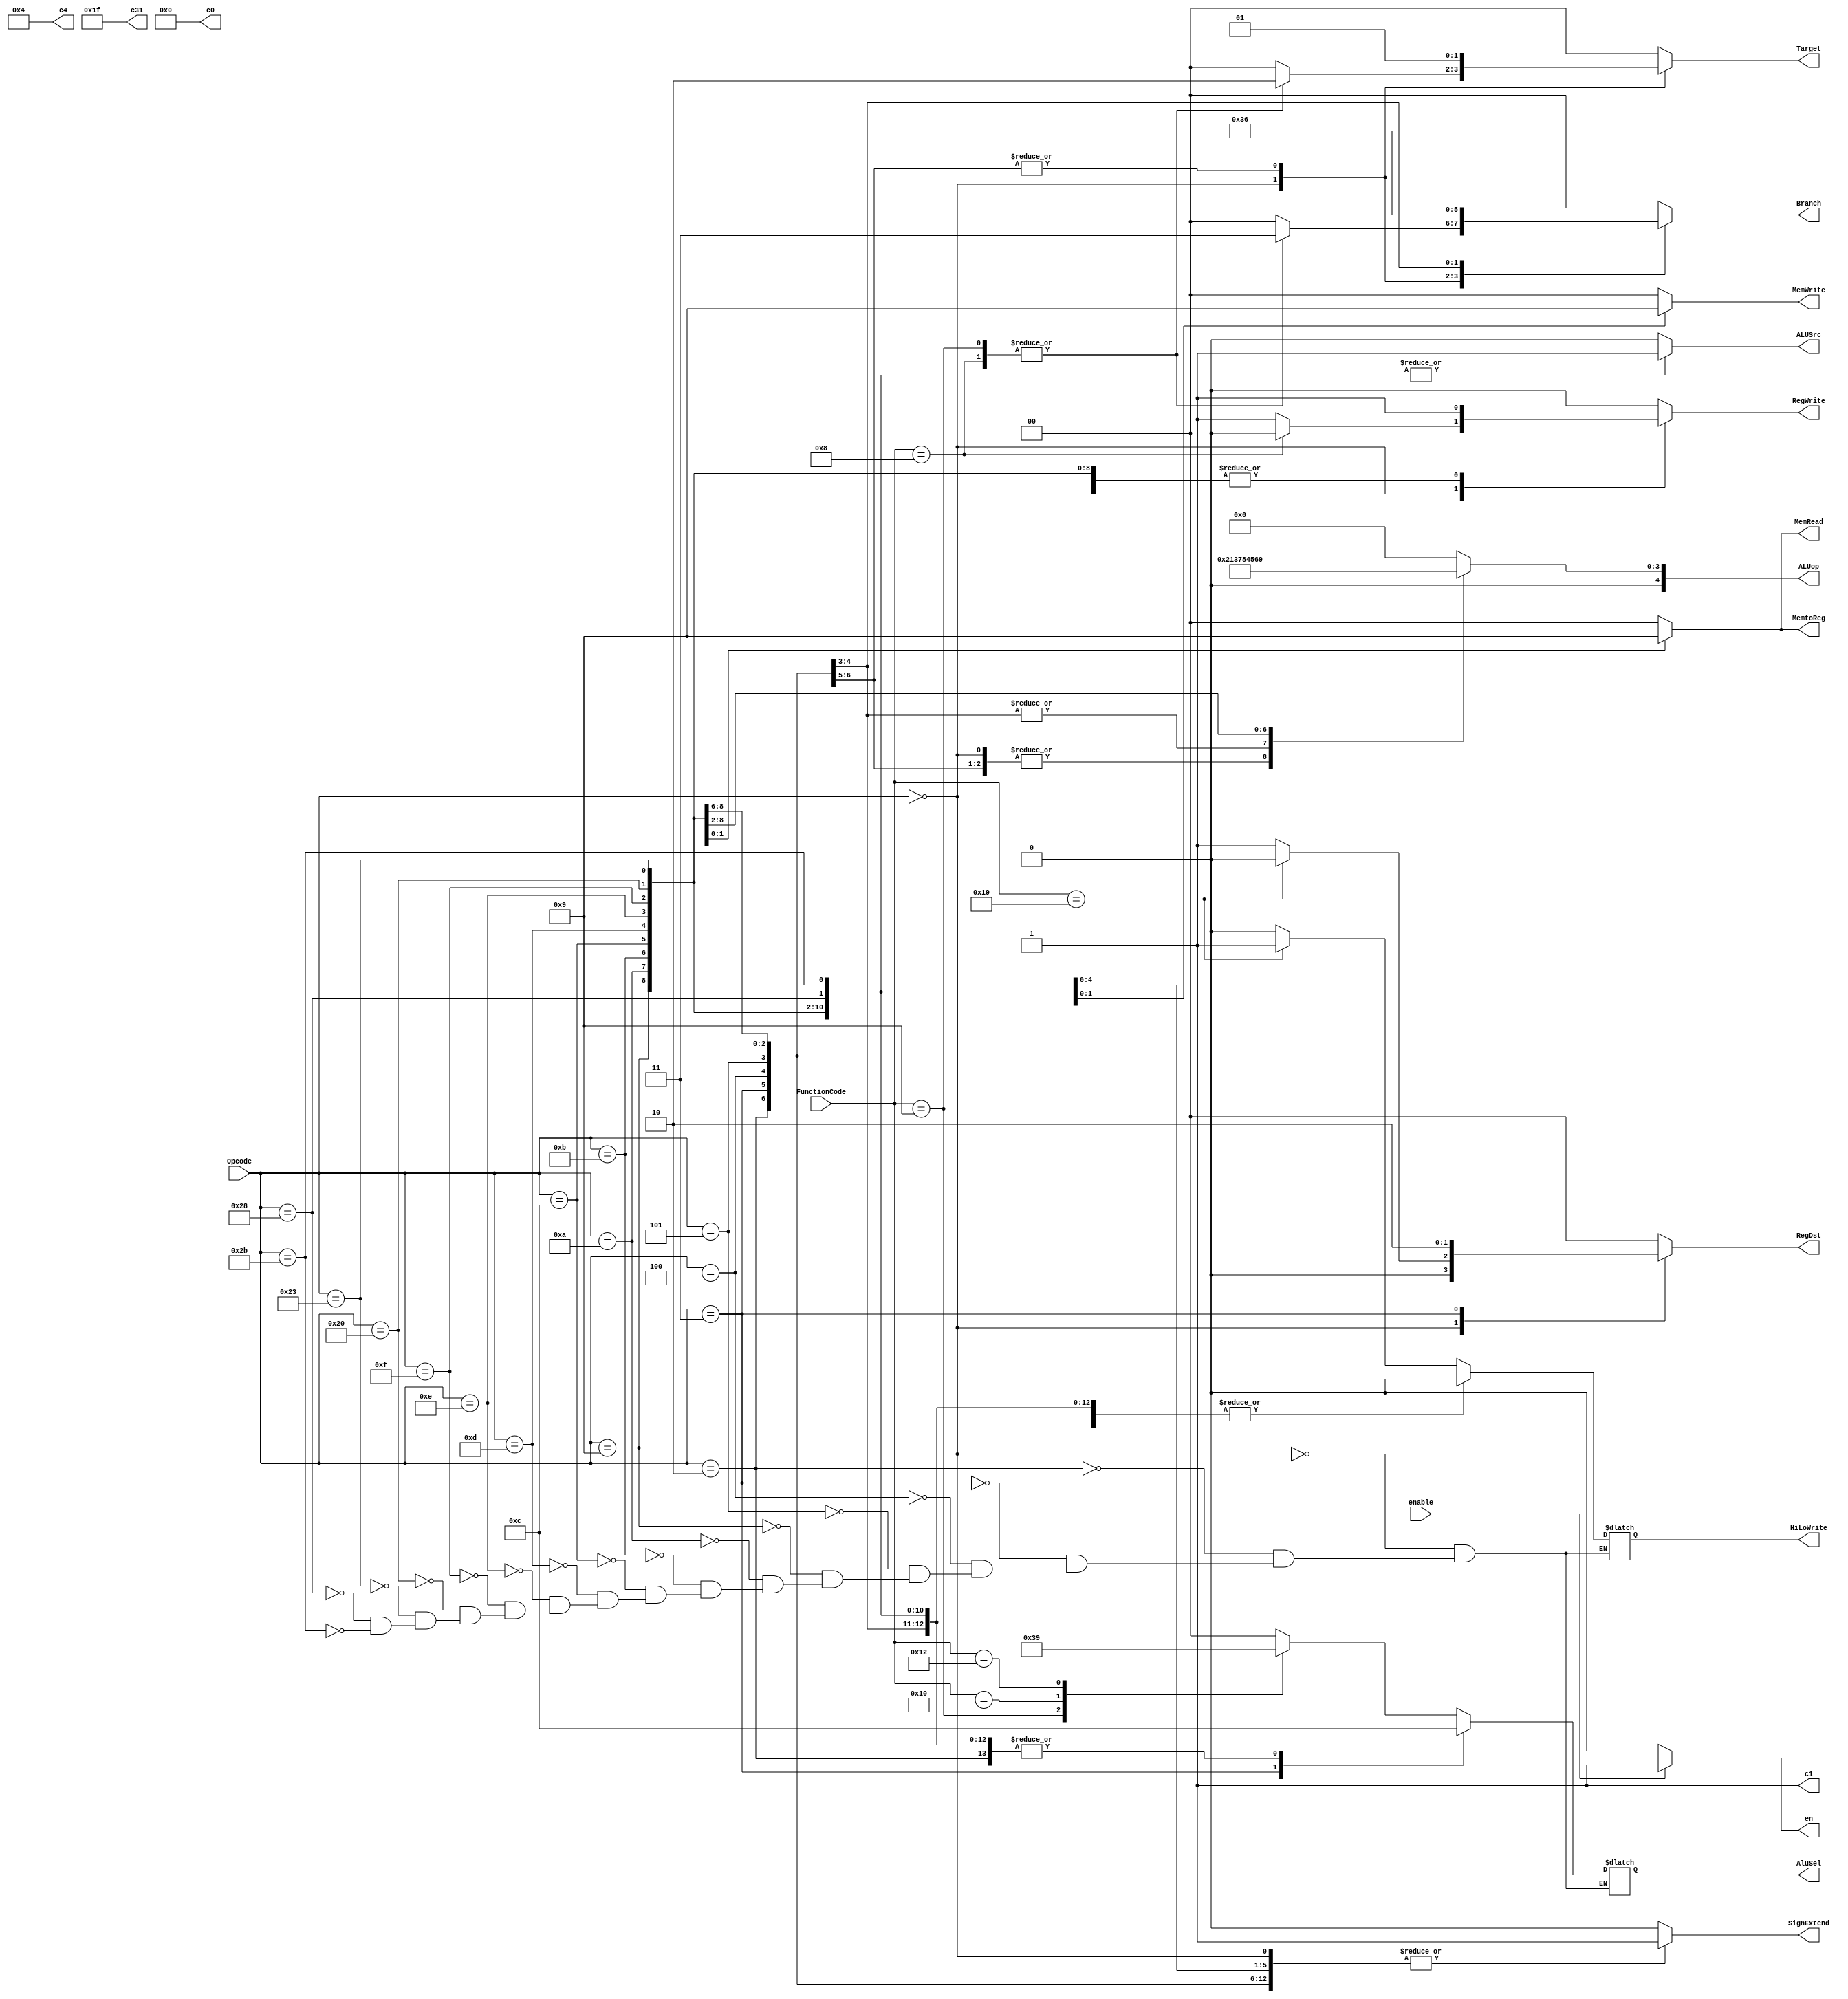
////////////////////////////////////////////////
// CTRL.V
//
// TU/e Eindhoven University Of Technology
// Eindhoven, The Netherlands
// 
// Based on work by Sander Stuijk
// 
// Function:
//     Single cycle controller
//
// Version:
//     (27-01-2014): initial version
//
//////////////////////////////////////////////!/

module CTRL(
        enable,
        en,
        Opcode,
        FunctionCode,
        RegDst,
        Target,
        Branch,
        MemRead,
        MemtoReg,
        ALUop,
        MemWrite,
        ALUSrc,
        RegWrite,
        SignExtend,
        c4,
        c1,
        c31,
		  c0,
        HiLoWrite,
        AluSel
    );

    input   enable;
    output  [0:0]   en;
    reg     [0:0]   en;
    input   [5:0]   Opcode;
    input   [5:0]   FunctionCode;
    output  [1:0]   RegDst;
    reg     [1:0]   RegDst;
    output  [1:0]   Target;
    reg     [1:0]   Target;
    output  [1:0]   Branch;
    reg     [1:0]   Branch;
    output  [1:0]   MemRead;
    reg     [1:0]   MemRead;
    output  [1:0]   MemtoReg;
    reg     [1:0]   MemtoReg;
    output  [4:0]   ALUop;
    reg     [4:0]   ALUop;
    output  [1:0]   MemWrite;
    reg     [1:0]   MemWrite;
    output  [0:0]   ALUSrc;
    reg     [0:0]   ALUSrc;
    output  [0:0]   RegWrite;
    reg     [0:0]   RegWrite;
    output  [0:0]   SignExtend;
    reg     [0:0]   SignExtend;
    output  [31:0]  c4;
    reg     [31:0]  c4;
    output  [0:0]   c1;
    reg     [0:0]   c1;
    output  [4:0]   c31;
    reg     [4:0]   c31;
	 output  [31:0]  c0;
	 reg     [31:0]  c0;
    output  [0:0]   HiLoWrite;
    reg     [0:0]   HiLoWrite;
    output  [1:0]   AluSel;
    reg     [1:0]   AluSel;

    
    always @(Opcode or FunctionCode or enable)
        begin
            
            //Write constant 4 to output
            c4 = 32'b00000000000000000000000000000100; 
            //Write constant 1 to output
            c1 = 1'b1;
            //Write constant 31 to output
            c31 = 5'b11111;
            //Write constant 0 to output
				c0 = 32'b00000000000000000000000000000000; 
				
            if (enable == 1)
                en = 1'b1;
            else
                en = 1'b0;
            
            RegDst      = 2'b00;
            Target      = 2'b00;
            ALUSrc      = 1'b0;
            MemtoReg    = 2'b00;
            RegWrite    = 1'b0;
            MemRead     = 2'b00;
            MemWrite    = 2'b00;
            Branch      = 2'b00;
            ALUop       = 5'b00000;
            SignExtend  = 1'b0;
            
            //Determine the output
            case (Opcode)
            0: // R-format instruction: check functioncode
                case (FunctionCode)
                    'h8:  // Instruction: Jr
                        begin
                            RegDst      = 2'b01;
                            Target      = 2'b10;
                            ALUSrc      = 1'b0;
                            MemtoReg    = 2'b00;
                            RegWrite    = 1'b0;
                            MemRead     = 2'b00;
                            MemWrite    = 2'b00;
                            Branch      = 2'b11;
                            ALUop       = 5'b00010;
                            SignExtend  = 1'b1;
                            HiLoWrite   = 1'b0;
                            AluSel      = 2'b00;
                        end
                    'h9:  // Instruction Jalr
                        begin
                            RegDst      = 2'b01;
                            Target      = 2'b10;
                            ALUSrc      = 1'b0;
                            MemtoReg    = 2'b00;
                            RegWrite    = 1'b1;
                            MemRead     = 2'b00;
                            MemWrite    = 2'b00;
                            Branch      = 2'b11;
                            ALUop       = 5'b00010;
                            SignExtend  = 1'b1;
                            HiLoWrite   = 1'b0;
                            AluSel      = 2'b11;
                        end
                    'h10:  // Instruction: Move hi register
                        begin
                            RegDst      = 2'b01;
                            Target      = 2'b00;
                            ALUSrc      = 1'b0;
                            MemtoReg    = 2'b00;
                            RegWrite    = 1'b1;
                            MemRead     = 2'b00;
                            MemWrite    = 2'b00;
                            Branch      = 2'b00;
                            ALUop       = 5'b00010;
                            SignExtend  = 1'b1;
                            HiLoWrite   = 1'b0;
                            AluSel      = 2'b10;
                        end
                    'h12:  // Instruction: Move lo register
                        begin
                            RegDst      = 2'b01;
                            Target      = 2'b00;
                            ALUSrc      = 1'b0;
                            MemtoReg    = 2'b00;
                            RegWrite    = 1'b1;
                            MemRead     = 2'b00;
                            MemWrite    = 2'b00;
                            Branch      = 2'b00;
                            ALUop       = 5'b00010;
                            SignExtend  = 1'b1;
                            HiLoWrite   = 1'b0;
                            AluSel      = 2'b01;
                        end
                    'h19:  // Instruction: Multiply unsigned
                        begin
                            RegDst      = 2'b00; //No destination
                            Target      = 2'b00;
                            ALUSrc      = 1'b0;
                            MemtoReg    = 2'b00;
                            RegWrite    = 1'b1;
                            MemRead     = 2'b00;
                            MemWrite    = 2'b00;
                            Branch      = 2'b00;
                            ALUop       = 5'b00010;
                            SignExtend  = 1'b1;
                            HiLoWrite   = 1'b1;
                            AluSel      = 2'b00;
                        end
                    default: // Others
                        begin 
                            RegDst      = 2'b01;
                            Target      = 2'b00;
                            ALUSrc      = 1'b0;
                            MemtoReg    = 2'b00;
                            RegWrite    = 1'b1;
                            MemRead     = 2'b00;
                            MemWrite    = 2'b00;
                            Branch      = 2'b00;
                            ALUop       = 5'b00010;
                            SignExtend  = 1'b1;
                            HiLoWrite   = 1'b0;
                            AluSel      = 2'b00;
                            end
                    endcase
            2:  // Instruction: J
                begin
                    RegDst      = 2'b00;
                    Target      = 2'b01;
                    ALUSrc      = 1'b0;
                    MemtoReg    = 2'b00;
                    RegWrite    = 1'b0;
                    MemRead     = 2'b00;
                    MemWrite    = 2'b00;
                    Branch      = 2'b11;
                    ALUop       = 5'b00010;
                    SignExtend  = 1'b1;
                    HiLoWrite   = 1'b0;
                    AluSel      = 2'b00;
                end
            3:  // Instruction; Jal
                begin
                    RegDst      = 2'b10;
                    Target      = 2'b01;
                    ALUSrc      = 1'b0;
                    MemtoReg    = 2'b00;
                    RegWrite    = 1'b1;
                    MemRead     = 2'b00;
                    MemWrite    = 2'b00;
                    Branch      = 2'b11;
                    ALUop       = 5'b00010;
                    SignExtend  = 1'b1;
                    HiLoWrite   = 1'b0;
                    AluSel      = 2'b11;
                end
            4:  // Instruction: BEQ
                begin
                    RegDst      = 2'b00;
                    Target      = 2'b00;
                    ALUSrc      = 1'b0;
                    MemtoReg    = 2'b00;
                    RegWrite    = 1'b0;
                    MemRead     = 2'b00;
                    MemWrite    = 2'b00;
                    Branch      = 2'b01;
                    ALUop       = 5'b00001;
                    SignExtend  = 1'b1;
                    HiLoWrite   = 1'b0;
                    AluSel      = 2'b00;
                end
            5:  // Instruction: BNE
                begin
                    RegDst      = 2'b00;
                    Target      = 2'b00;
                    ALUSrc      = 1'b0;
                    MemtoReg    = 2'b00;
                    RegWrite    = 1'b0;
                    MemRead     = 2'b00;
                    MemWrite    = 2'b00;
                    Branch      = 2'b10;
                    ALUop       = 5'b00001;
                    SignExtend  = 1'b1;
                    HiLoWrite   = 1'b0;
                    AluSel      = 2'b00;
                end
            9:  // Instruction: ADDIU
                begin
                    RegDst      = 2'b00;
                    Target      = 2'b00;
                    ALUSrc      = 1'b1;
                    MemtoReg    = 2'b00;
                    RegWrite    = 1'b1;
                    MemRead     = 2'b00;
                    MemWrite    = 2'b00;
                    Branch      = 2'b00;
                    ALUop       = 5'b00011;
                    SignExtend  = 1'b1;
                    HiLoWrite   = 1'b0;
                    AluSel      = 2'b00;
                end
            10:  // Instruction: SLTI
                begin
                    RegDst      = 2'b00;
                    Target      = 2'b00;
                    ALUSrc      = 1'b1;
                    MemtoReg    = 2'b00;
                    RegWrite    = 1'b1;
                    MemRead     = 2'b00;
                    MemWrite    = 2'b00;
                    Branch      = 2'b00;
                    ALUop       = 5'b00111;
                    SignExtend  = 1'b1;
                    HiLoWrite   = 1'b0;
                    AluSel      = 2'b00;
                end
            11:  // Instruction: SLTUI
                begin
                    RegDst      = 2'b00;
                    Target      = 2'b00;
                    ALUSrc      = 1'b1;
                    MemtoReg    = 2'b00;
                    RegWrite    = 1'b1;
                    MemRead     = 2'b00;
                    MemWrite    = 2'b00;
                    Branch      = 2'b00;
                    ALUop       = 5'b01000;
                    SignExtend  = 1'b1;
                    HiLoWrite   = 1'b0;
                    AluSel      = 2'b00;
                end
            12:  // Instruction: ANDI
                begin
                    RegDst      = 2'b00;
                    Target      = 2'b00;
                    ALUSrc      = 1'b1;
                    MemtoReg    = 2'b00;
                    RegWrite    = 1'b1;
                    MemRead     = 2'b00;
                    MemWrite    = 2'b00;
                    Branch      = 2'b00;
                    ALUop       = 5'b00100;
                    SignExtend  = 1'b0;
                    HiLoWrite   = 1'b0;
                    AluSel      = 2'b00;
                end
            13:  // Instructino: ORI
                begin
                    RegDst      = 2'b00;
                    Target      = 2'b00;
                    ALUSrc      = 1'b1;
                    MemtoReg    = 2'b00;
                    RegWrite    = 1'b1;
                    MemRead     = 2'b00;
                    MemWrite    = 2'b00;
                    Branch      = 2'b00;
                    ALUop       = 5'b00101;
                    SignExtend  = 1'b0;
                    HiLoWrite   = 1'b0;
                    AluSel      = 2'b00;
                end
            14:  // Instruction: XORI
                begin
                    RegDst      = 2'b00;
                    Target      = 2'b00;
                    ALUSrc      = 1'b1;
                    MemtoReg    = 2'b00;
                    RegWrite    = 1'b1;
                    MemRead     = 2'b00;
                    MemWrite    = 2'b00;
                    Branch      = 2'b00;
                    ALUop       = 5'b00110;
                    SignExtend  = 1'b0;
                    HiLoWrite   = 1'b0;
                    AluSel      = 2'b00;
                end
            15:  // Instruction: LUI
                begin
                    RegDst      = 2'b00;
                    Target      = 2'b00;
                    ALUSrc      = 1'b1;
                    MemtoReg    = 2'b00;
                    RegWrite    = 1'b1;
                    MemRead     = 2'b00;
                    MemWrite    = 2'b00;
                    Branch      = 2'b00;
                    ALUop       = 5'b01001;
                    SignExtend  = 1'b1;
                    HiLoWrite   = 1'b0;
                    AluSel      = 2'b00;
                end
            32:  //Instruction: LB
                begin
                    RegDst      = 2'b00;
                    Target      = 2'b00;
                    ALUSrc      = 1'b1;
                    MemtoReg    = 2'b10;
                    RegWrite    = 1'b1;
                    MemRead     = 2'b10;
                    MemWrite    = 2'b00;
                    Branch      = 2'b00;
                    ALUop       = 5'b00000;
                    SignExtend  = 1'b1;
                    HiLoWrite   = 1'b0;
                    AluSel      = 2'b00;
                end
            35:  // Instruction: LW
                begin
                    RegDst      = 2'b00;
                    Target      = 2'b00;
                    ALUSrc      = 1'b1;
                    MemtoReg    = 2'b01;
                    RegWrite    = 1'b1;
                    MemRead     = 2'b01;
                    MemWrite    = 2'b00;
                    Branch      = 2'b00;
                    ALUop       = 5'b00000;
                    SignExtend  = 1'b1;
                    HiLoWrite   = 1'b0;
                    AluSel      = 2'b00;
                end
            40:  // Instruction: SB
                begin
                    RegDst      = 2'b00;
                    Target      = 2'b00;
                    ALUSrc      = 1'b1;
                    MemtoReg    = 2'b00;
                    RegWrite    = 1'b0;
                    MemRead     = 2'b00;
                    MemWrite    = 2'b10;
                    Branch      = 2'b00;
                    ALUop       = 5'b00000;
                    SignExtend  = 1'b1;
                    HiLoWrite   = 1'b0;
                    AluSel      = 2'b00;
                end
            43:  // Instruction: SW
                begin
                    RegDst      = 2'b00;
                    Target      = 2'b00;
                    ALUSrc      = 1'b1;
                    MemtoReg    = 2'b00;
                    RegWrite    = 1'b0;
                    MemRead     = 2'b00;
                    MemWrite    = 2'b01;
                    Branch      = 2'b00;
                    ALUop       = 5'b00000;
                    SignExtend  = 1'b1;
                    HiLoWrite   = 1'b0;
                    AluSel      = 2'b00;
                end
            default: //No default case
                begin 
                end
            endcase
        end

endmodule